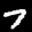
Label: 7